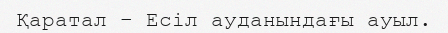
Қаратал – Есіл ауданындағы ауыл.